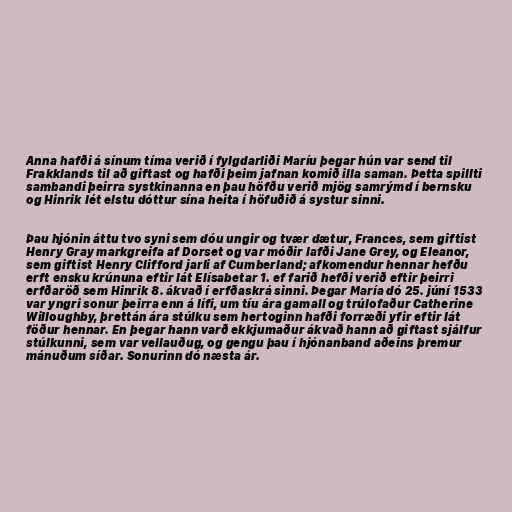
Anna hafði á sínum tíma verið í fylgdarliði Maríu þegar hún var send til
Frakklands til að giftast og hafði þeim jafnan komið illa saman. Þetta spillti
sambandi þeirra systkinanna en þau höfðu verið mjög samrýmd í bernsku
og Hinrik lét elstu dóttur sína heita í höfuðið á systur sinni.

Þau hjónin áttu tvo syni sem dóu ungir og tvær dætur, Frances, sem giftist
Henry Gray markgreifa af Dorset og var móðir lafði Jane Grey, og Eleanor,
sem giftist Henry Clifford jarli af Cumberland; afkomendur hennar hefðu
erft ensku krúnuna eftir lát Elísabetar 1. ef farið hefði verið eftir þeirri
erfðaröð sem Hinrik 8. ákvað í erfðaskrá sinni. Þegar María dó 25. júní 1533
var yngri sonur þeirra enn á lífi, um tíu ára gamall og trúlofaður Catherine
Willoughby, þrettán ára stúlku sem hertoginn hafði forræði yfir eftir lát
föður hennar. En þegar hann varð ekkjumaður ákvað hann að giftast sjálfur
stúlkunni, sem var vellauðug, og gengu þau í hjónanband aðeins þremur
mánuðum síðar. Sonurinn dó næsta ár.